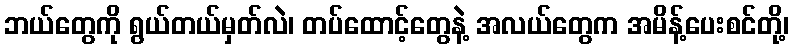
ဘယ်တွေကို ရွယ်တယ်မှတ်လဲ၊ တပ်ထောင့်တွေနဲ့ အလယ်တွေက အမိန့်ပေးစင်တို့၊